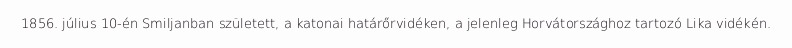
1856. július 10-én Smiljanban született, a katonai határőrvidéken, a jelenleg Horvátországhoz tartozó Lika vidékén.